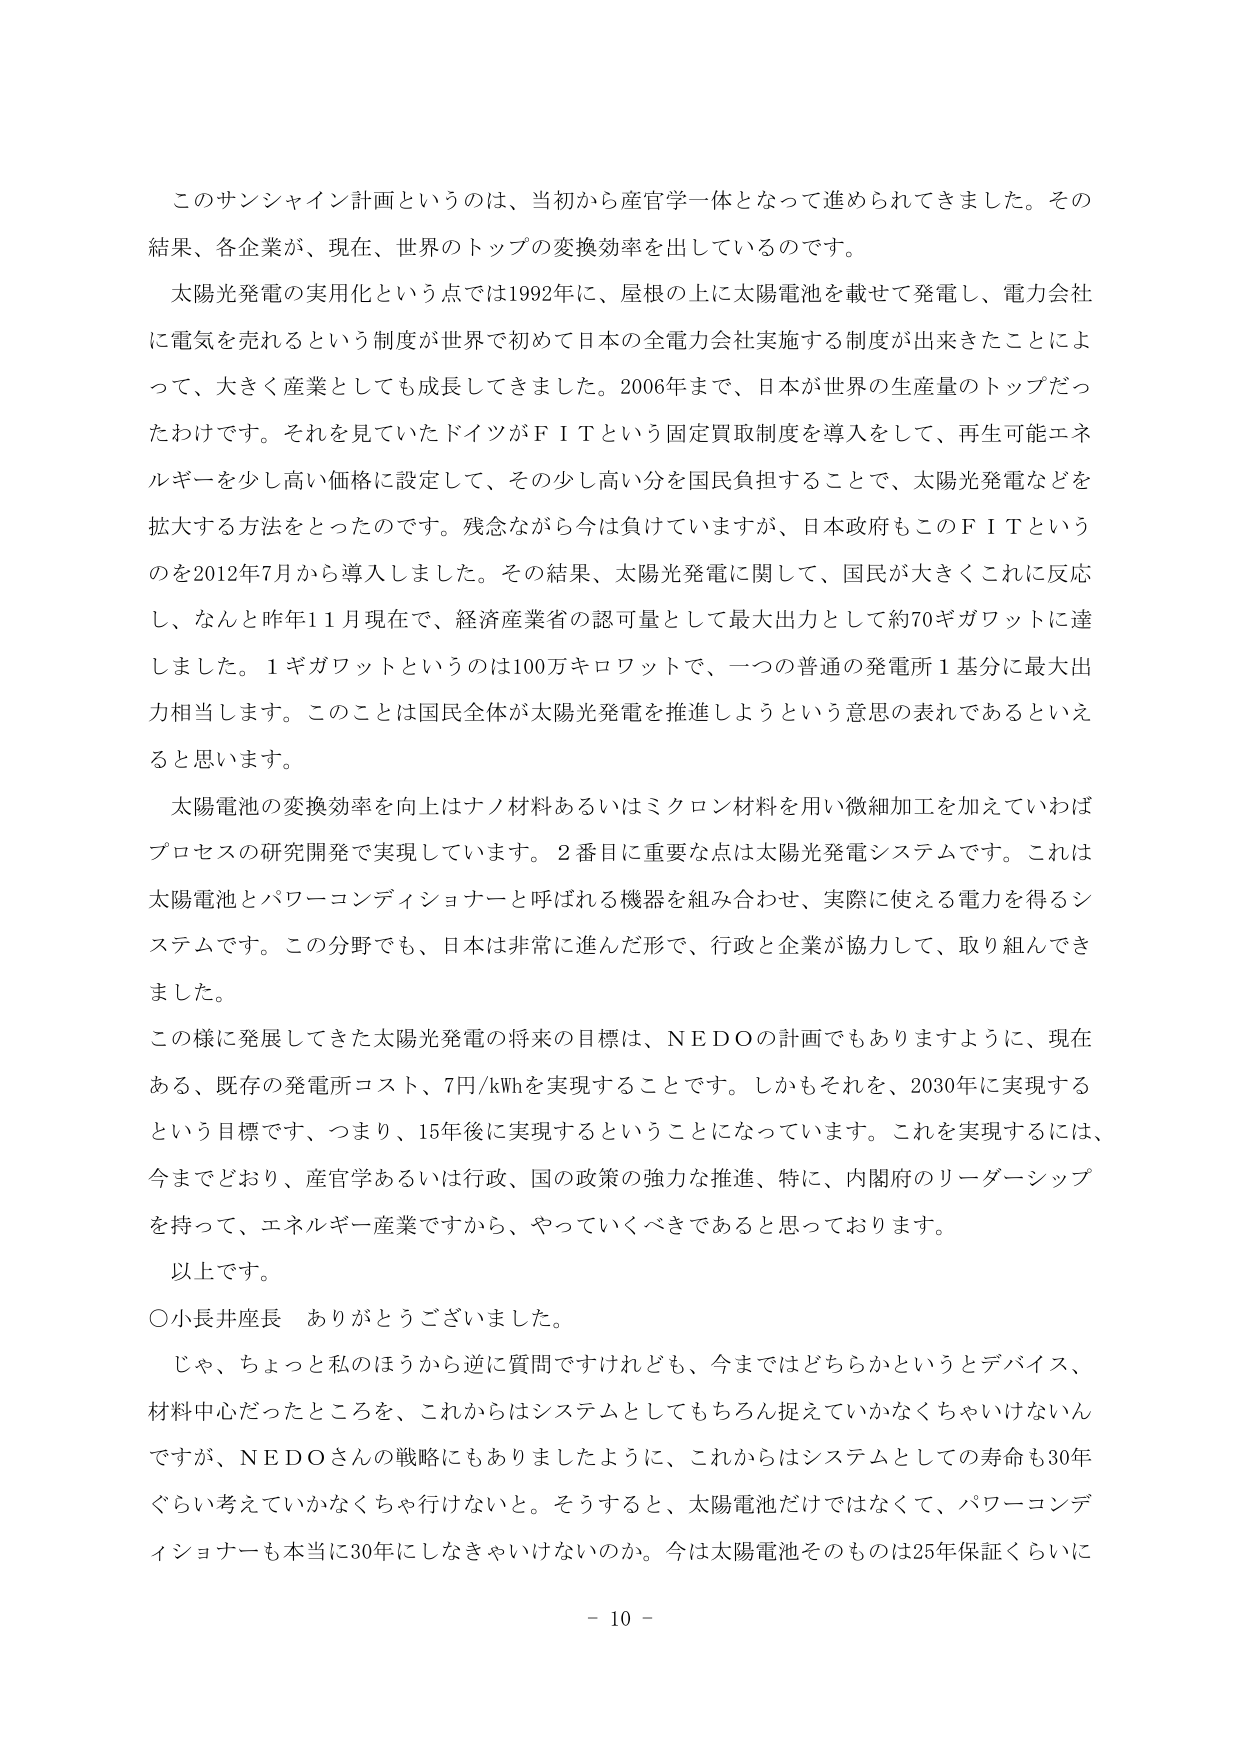
このサンシャイン計画というのは、当初から産官学一体となって進められてきました。その結果、各企業が、現在、世界のトップの変換効率を出しているのです。

太陽光発電の実用化という点では1992年に、屋根の上に太陽電池を載せて発電し、電力会社に電気を売れるという制度が世界で初めて日本の全電力会社実施する制度が出来きたことによって、大きく産業としても成長してきました。2006年まで、日本が世界の生産量のトップだったわけです。それを見ていたドイツがＦＩＴという固定買取制度を導入をして、再生可能エネルギーを少し高い価格に設定して、その少し高い分を国民負担することで、太陽光発電などを拡大する方法をとったのです。残念ながら今は負けていますが、日本政府もこのＦＩＴというのを2012年7月から導入しました。その結果、太陽光発電に関して、国民が大きくこれに反応し、なんと昨年11月現在で、経済産業省の認可量として最大出力として約70ギガワットに達しました。1ギガワットというのは100万キロワットで、一つの普通の発電所1基分に最大出力相当します。このことは国民全体が太陽光発電を推進しようという意思の表れであるといえると思います。

太陽電池の変換効率を向上はナノ材料あるいはミクロン材料を用い微細加工を加えていわばプロセスの研究開発で実現しています。2番目に重要な点は太陽光発電システムです。これは太陽電池とパワーコンディショナーと呼ばれる機器を組み合わせ、実際に使える電力を得るシステムです。この分野でも、日本は非常に進んだ形で、行政と企業が協力して、取り組んできました。

この様に発展してきた太陽光発電の将来の目標は、ＮＥＤＯの計画でもありますように、現在ある、既存の発電所コスト、7円/kWhを実現することです。しかもそれを、2030年に実現するという目標です、つまり、15年後に実現するということになっています。これを実現するには、今までどおり、産官学あるいは行政、国の政策の強力な推進、特に、内閣府のリーダーシップを持って、エネルギー産業ですから、やっていくべきであると思っております。

以上です。

○小長井座長　ありがとうございました。

じゃ、ちょっと私のほうから逆に質問ですけれども、今まではどちらかというとデバイス、材料中心だったところを、これからはシステムとしてもちろん捉えていかなくちゃいけないんですが、ＮＥＤＯさんの戦略にもありましたように、これからはシステムとしての寿命も30年ぐらい考えていかなくちゃ行けないと。そうすると、太陽電池だけではなくて、パワーコンディショナーも本当に30年にしなきゃいけないのか。今は太陽電池そのものは25年保証くらいに

－ 10 －